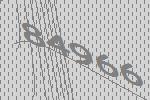
84966